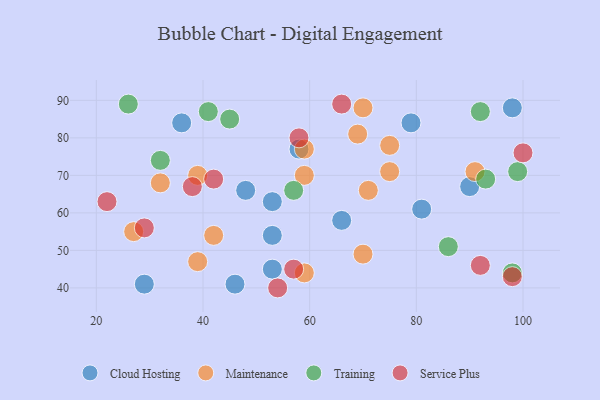
{"axis": {"x": "GDP", "y": "Life Expectancy"}, "legend": ["Cloud Hosting", "Maintenance", "Service Plus", "Training"], "data": [{"x": "53", "y": 63, "type": "Cloud Hosting"}, {"x": "46", "y": 41, "type": "Cloud Hosting"}, {"x": "90", "y": 67, "type": "Cloud Hosting"}, {"x": "58", "y": 77, "type": "Cloud Hosting"}, {"x": "36", "y": 84, "type": "Cloud Hosting"}, {"x": "53", "y": 45, "type": "Cloud Hosting"}, {"x": "48", "y": 66, "type": "Cloud Hosting"}, {"x": "81", "y": 61, "type": "Cloud Hosting"}, {"x": "66", "y": 58, "type": "Cloud Hosting"}, {"x": "98", "y": 88, "type": "Cloud Hosting"}, {"x": "53", "y": 54, "type": "Cloud Hosting"}, {"x": "79", "y": 84, "type": "Cloud Hosting"}, {"x": "29", "y": 41, "type": "Cloud Hosting"}, {"x": "91", "y": 71, "type": "Maintenance"}, {"x": "70", "y": 88, "type": "Maintenance"}, {"x": "42", "y": 54, "type": "Maintenance"}, {"x": "39", "y": 47, "type": "Maintenance"}, {"x": "69", "y": 81, "type": "Maintenance"}, {"x": "75", "y": 71, "type": "Maintenance"}, {"x": "59", "y": 44, "type": "Maintenance"}, {"x": "59", "y": 70, "type": "Maintenance"}, {"x": "27", "y": 55, "type": "Maintenance"}, {"x": "70", "y": 49, "type": "Maintenance"}, {"x": "39", "y": 70, "type": "Maintenance"}, {"x": "32", "y": 68, "type": "Maintenance"}, {"x": "59", "y": 77, "type": "Maintenance"}, {"x": "75", "y": 78, "type": "Maintenance"}, {"x": "71", "y": 66, "type": "Maintenance"}, {"x": "99", "y": 71, "type": "Training"}, {"x": "26", "y": 89, "type": "Training"}, {"x": "93", "y": 69, "type": "Training"}, {"x": "41", "y": 87, "type": "Training"}, {"x": "92", "y": 87, "type": "Training"}, {"x": "45", "y": 85, "type": "Training"}, {"x": "98", "y": 44, "type": "Training"}, {"x": "32", "y": 74, "type": "Training"}, {"x": "86", "y": 51, "type": "Training"}, {"x": "57", "y": 66, "type": "Training"}, {"x": "22", "y": 63, "type": "Service Plus"}, {"x": "29", "y": 56, "type": "Service Plus"}, {"x": "42", "y": 69, "type": "Service Plus"}, {"x": "58", "y": 80, "type": "Service Plus"}, {"x": "38", "y": 67, "type": "Service Plus"}, {"x": "98", "y": 43, "type": "Service Plus"}, {"x": "66", "y": 89, "type": "Service Plus"}, {"x": "92", "y": 46, "type": "Service Plus"}, {"x": "100", "y": 76, "type": "Service Plus"}, {"x": "57", "y": 45, "type": "Service Plus"}, {"x": "54", "y": 40, "type": "Service Plus"}]}